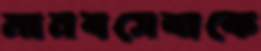
মানবসেবাকে